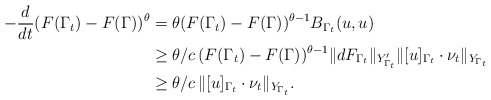
\begin{align*}\begin{aligned} -\frac{d}{dt}(F(\Gamma_t)-F(\Gamma))^\theta&=\theta (F(\Gamma_t)-F(\Gamma))^{\theta-1}B_{\Gamma_t}(u,u)\\ &\ge \theta/c\, (F(\Gamma_t)-F(\Gamma))^{\theta-1} \|dF_{\Gamma_t}\|_{Y'_{\Gamma_t}}\|[u]_{\Gamma_t}\cdot\nu_t\|_{Y_{\Gamma_t}}\\ &\ge \theta/c\, \|[u]_{\Gamma_t}\cdot\nu_t\|_{Y_{\Gamma_t}}. \end{aligned}\end{align*}